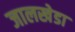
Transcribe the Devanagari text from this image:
जालखेडा